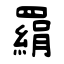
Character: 羂